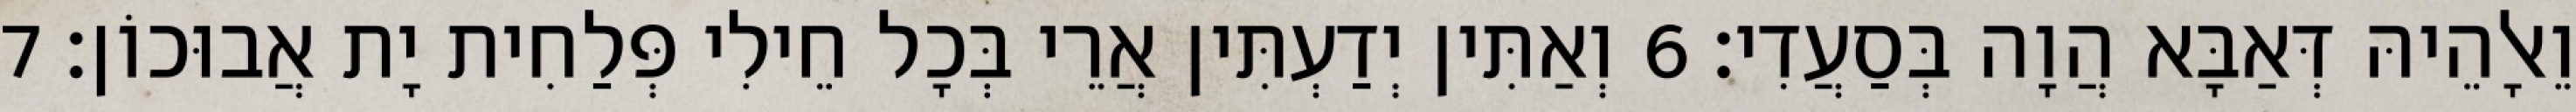
וֵאלָהֵיהּ דְּאַבָּא הֲוָה בְּסַעֲדִי׃ 6 וְאַתִּין יְדַעְתִּין אֲרֵי בְּכָל חֵילִי פְּלַחִית יָת אֲבוּכוֹן׃ 7